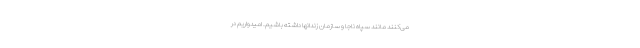
می‌کنند مانند سپاه ناجا و سازمان زندانها داشته باشیم. امیدواریم در